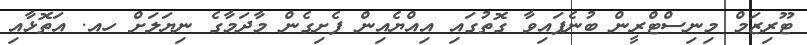
ޓޫރިޒަމް މިނިސްޓްރީން ބުނެފައިވާ ގޮތުގައި އިއްޔެއިން ފެށިގެން މާދަމާގެ ނިޔަލަށް ހއ. އަތޮޅާއި